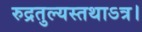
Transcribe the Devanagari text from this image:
रुद्रतुल्यस्तथाऽत्र।